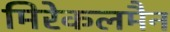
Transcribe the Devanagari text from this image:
मिरेकलमैन